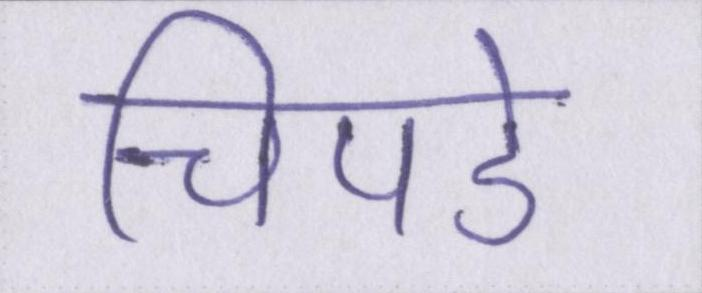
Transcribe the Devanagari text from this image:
चिपडे